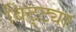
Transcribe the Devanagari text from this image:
बिट्ट्या